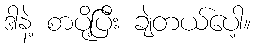
ဒါနဲ့ စာပို့ပြီး ချဲတယ်ပေါ့။